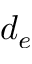
d _ { e }